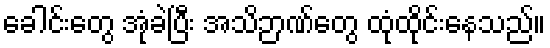
ခေါင်းတွေ အုံခဲပြီး အသိဉာဏ်တွေ ထုံထိုင်းနေသည်။